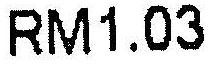
RM1.03